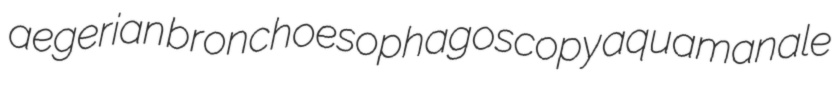
aegerian bronchoesophagoscopy aquamanale